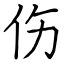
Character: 伤